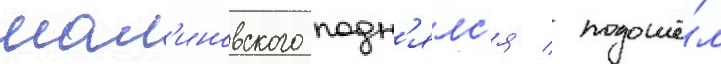
мал'иновского подн'ялс'я / подошё́л